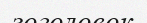
зоголовок